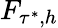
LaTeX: F_{\tau^{*},h}